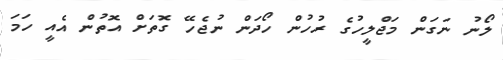
ލޯނު ނަގަން މަޖްލީހުގެ ރުހުން ހޯދަން ނުޖެހޭ ގޮތަށް އޮތުން އެއީ ހަމަ